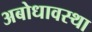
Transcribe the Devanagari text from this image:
अबोधावस्था